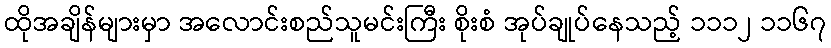
ထိုအချိန်များမှာ အလောင်းစည်သူမင်းကြီး စိုးစံ အုပ်ချုပ်နေသည့် ၁၁၁၂ ၁၁၆၇